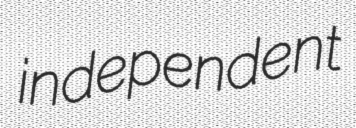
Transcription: independent